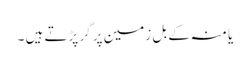
یا منہ کے بل زمین پر گر پڑتے ہیں ۔